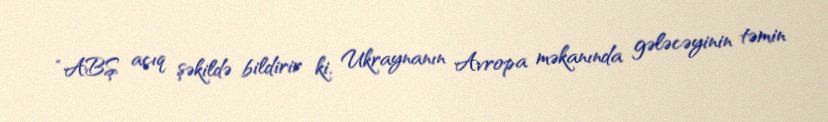
“ABŞ açıq şəkildə bildirir ki, Ukraynanın Avropa məkanında gələcəyinin təmin